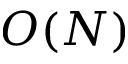
O ( N )